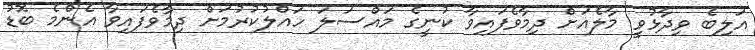
އަލިބެ ވިދާޅުވީ މާލެއަށް ދިމާވެފައިވާ ކުނީގެ މައްސަލަ ހައްލުކުރުމަށް ދިމާވެފައިވާ އެންމެ ބޮޑު